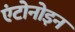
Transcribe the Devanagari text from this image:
एंटोनोइन